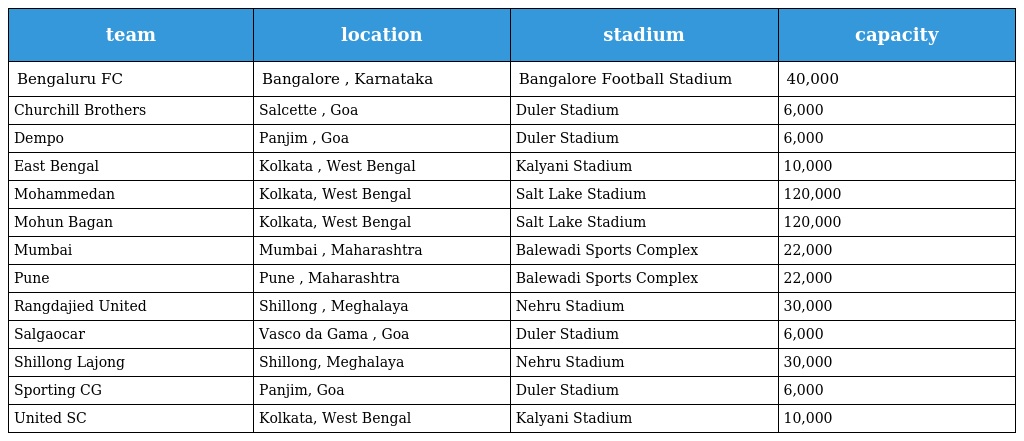
| team | location | stadium | capacity |
 | --- | --- | --- | --- |
 | Bengaluru FC | Bangalore , Karnataka | Bangalore Football Stadium | 40,000 |
 | Churchill Brothers | Salcette , Goa | Duler Stadium | 6,000 |
 | Dempo | Panjim , Goa | Duler Stadium | 6,000 |
 | East Bengal | Kolkata , West Bengal | Kalyani Stadium | 10,000 |
 | Mohammedan | Kolkata, West Bengal | Salt Lake Stadium | 120,000 |
 | Mohun Bagan | Kolkata, West Bengal | Salt Lake Stadium | 120,000 |
 | Mumbai | Mumbai , Maharashtra | Balewadi Sports Complex | 22,000 |
 | Pune | Pune , Maharashtra | Balewadi Sports Complex | 22,000 |
 | Rangdajied United | Shillong , Meghalaya | Nehru Stadium | 30,000 |
 | Salgaocar | Vasco da Gama , Goa | Duler Stadium | 6,000 |
 | Shillong Lajong | Shillong, Meghalaya | Nehru Stadium | 30,000 |
 | Sporting CG | Panjim, Goa | Duler Stadium | 6,000 |
 | United SC | Kolkata, West Bengal | Kalyani Stadium | 10,000 |